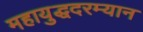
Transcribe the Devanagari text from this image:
महायुद्धदरम्यान